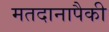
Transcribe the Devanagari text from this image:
मतदानापैकी